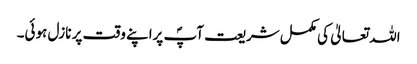
اللہ تعالیٰ کی مکمل شریعت آپؐ پراپنے وقت پر نازل ہوئی۔